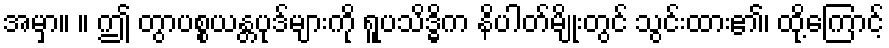
အမှာ။ ။ ဤ တွာပစ္စယန္တပုဒ်များကို ရူပသိဒ္ဓိက နိပါတ်မျိုးတွင် သွင်းထား၏၊ ထို့ကြောင့်